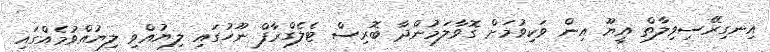
އިނގިރޭސިވިލާތް އީޔޫ އިން ވަކިވުމަށް ގޮވާލަމުންދާ ބޮރިސް ޓެލެގްރާފް ނޫހުގައި ލިޔުއްވި ލިޔުއްވުމެއްގައި